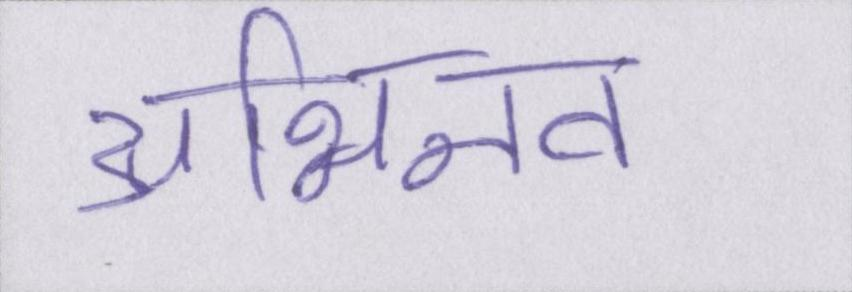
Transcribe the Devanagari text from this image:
अभिनव